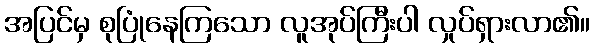
အပြင်မှ စုပြုံနေကြသော လူအုပ်ကြီးပါ လှုပ်ရှားလာ၏။